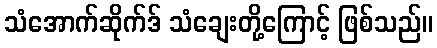
သံအောက်ဆိုက်ဒ် သံချေးတို့ကြောင့် ဖြစ်သည်။